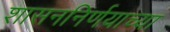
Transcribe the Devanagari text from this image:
शासननिर्णयाच्या